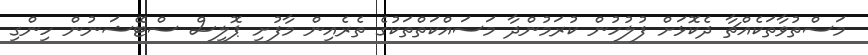
މަސްތުވާތަކެއްޗާ ދެކޮޅަށް ފުލުހުން ކުރަމުންދާ މަސައްކަތްތަކުގެ ތެރެއިން މާފުށި ޕޮލިސް ސްޓޭޝަނުން ހިންގި